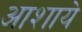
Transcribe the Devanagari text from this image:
आशाये